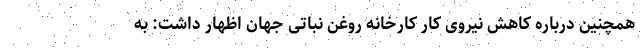
همچنین درباره کاهش نیروی کار کارخانه روغن نباتی جهان اظهار داشت: به